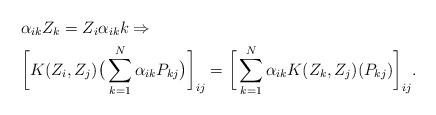
LaTeX: \begin{align*}& \alpha_{ik} Z_k = Z_i \alpha_{ik} k \Rightarrow \\& \bigg[ K(Z_i, Z_j)\big(\sum_{k=1}^N \alpha_{ik} P_{kj}\big) \bigg]_{ij} =\bigg[ \sum_{k=1}^N \alpha_{ik} K(Z_k, Z_j)(P_{kj}) \bigg]_{ij}.\end{align*}